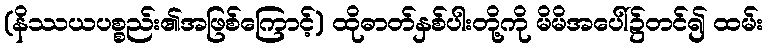
(နိဿယပစ္စည်း၏အဖြစ်ကြောင့်) ထိုဓာတ်နှစ်ပါးတို့ကို မိမိအပေါ်၌တင်၍ ထမ်း